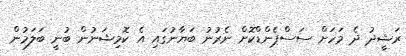
ރަޝީދު ދެ މަހަށް ސަސްޕެންޑްކޮށް ނެރުނު ބަޔާނުގައި އެ ކޮމިޝަނުން ބުނީ ބަލަމުން